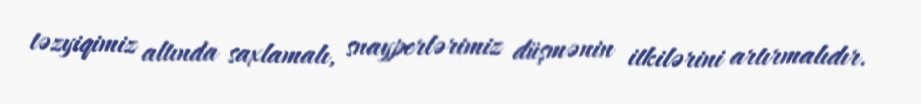
təzyiqimiz altında saxlamalı, snayperlərimiz düşmənin itkilərini artırmalıdır.